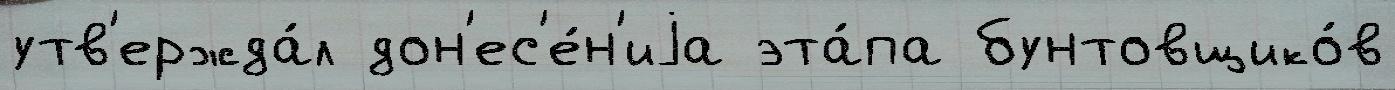
утв'ержда́л дон'ес'е́н'иjа эта́па бунтовщико́в